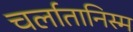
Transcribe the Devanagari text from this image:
चर्लातानिस्म